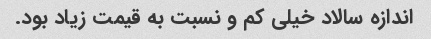
اندازه سالاد خیلی کم و نسبت به قیمت زیاد بود.